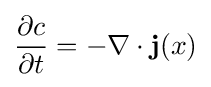
{\frac {\partial c}{\partial t}}=-\nabla \cdot \mathbf {j} (x)